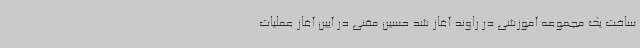
ساخت یک مجموعه آموزشی در راوند آغاز شد حسین مقنی در آیین آغاز عملیات